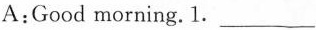
A:Good morning. 1.___